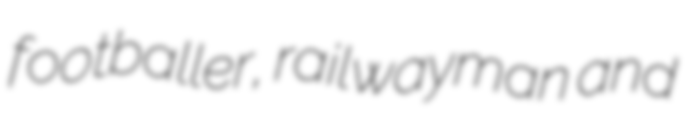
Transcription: footballer, railwayman and